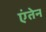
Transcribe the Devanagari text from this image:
एंतेन